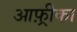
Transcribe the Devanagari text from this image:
आफ़्रीका